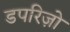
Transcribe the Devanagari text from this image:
डपरिज़ो